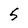
Character: 5